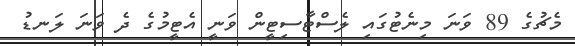
މެޗުގެ 89 ވަނަ މިނެޓުގައި ލެސްޓާސިޓީން ވަނީ އެޓީމުގެ ދެ ވަނަ ލަނޑު